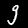
Digit: 9